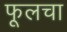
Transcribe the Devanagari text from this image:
फूलचा